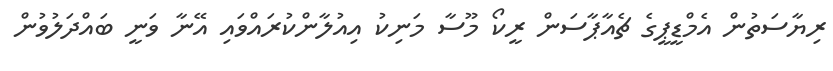
ރިޔާސަތުން އެމްޑީޕީގެ ޗެއާޕާސަން ރީކޯ މޫސާ މަނިކު އިއުލާންކުރައްވައި އޭނާ ވަނީ ބައްދަލުވުން